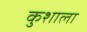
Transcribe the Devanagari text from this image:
कुशाला